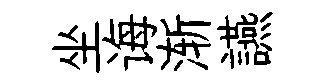
坐诲渐讌